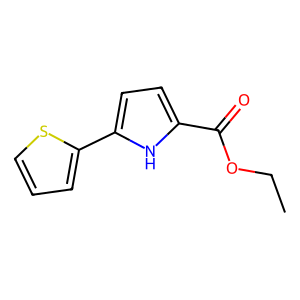
SMILES: CCOC(=O)c1ccc(-c2cccs2)[nH]1
Inhibits HIV replication: No